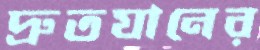
দ্রুতযানের